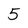
Character: 5